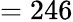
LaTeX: =246